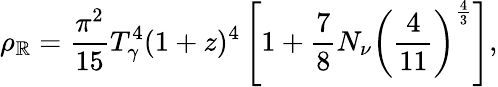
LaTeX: \rho_{\mathbb{R}}={\frac{{\pi^{2}}}{{15}}}T_{\gamma}^{4}(1+z)^{4}\left[1+{\frac{{7}}{{8}}}N_{\nu}\left({\frac{{4}}{{11}}}\right)^{\frac{{4}}{{3}}}\right],